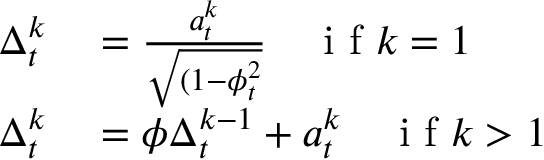
\begin{array} { r l } { \Delta _ { t } ^ { k } } & { { } = \frac { a _ { t } ^ { k } } { \sqrt { ( 1 - \phi _ { t } ^ { 2 } } } \quad \textrm { i f } k = 1 } \\ { \Delta _ { t } ^ { k } } & { { } = \phi \Delta _ { t } ^ { k - 1 } + a _ { t } ^ { k } \quad \textrm { i f } k > 1 } \end{array}